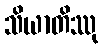
သိယာတိဿု